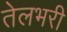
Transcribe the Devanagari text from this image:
तेलभरी